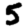
Digit: 5